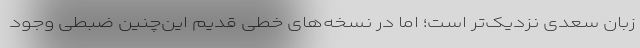
زبان سعدی نزدیک‌تر است؛ اما در نسخه‌های خطی قدیم این‌چنین ضبطی وجود